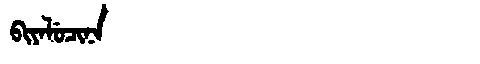
Manchu: ᠪᡳᠶᠠᠯᡠᠴᡳᠨᠠ
Romanization: BIYALUCINA